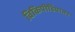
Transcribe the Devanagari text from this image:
विकिपीडियातर